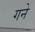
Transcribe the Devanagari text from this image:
गने